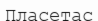
Пласетас